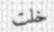
خلت